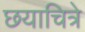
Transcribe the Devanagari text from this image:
छयाचित्रे